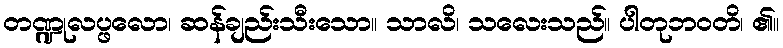
တဏ္ဍုလပ္ဖလော၊ ဆန်ချည်းသီးသော။ သာလိ၊ သလေးသည်။ ပါတုဘဝတိ၊ ၏။